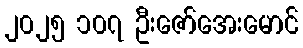
၂၀၂၅ ၁၀၇ ဦးဇော်အေးမောင်